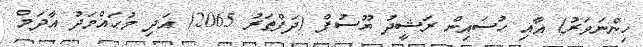
ހިންނަވަރު) އާއި ހުސައިން ރަޝީދު ޔޫސުފް (ދަފްތަރު 2065) އަދި މުޙައްމަދު އާދަމް